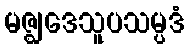
မဇ္ဈဒေသူပသမ္ပဒံ